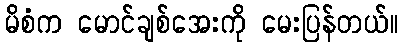
မိစံက မောင်ချစ်အေးကို မေးပြန်တယ်။